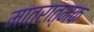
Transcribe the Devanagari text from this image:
मात्रात्‍मक